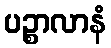
ပဉ္စာလာနံ